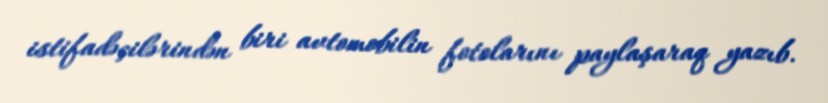
istifadəçilərindən biri avtomobilin fotolarını paylaşaraq yazıb.